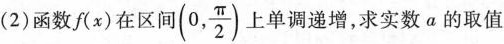
(2)函数(x)在区间(0, \frac{\pi}{2})上单调递增，求实数a的取值